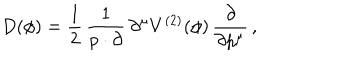
LaTeX: D ( \phi ) = \frac { 1 } { 2 } \, \frac { 1 } { p \cdot \partial } \, \partial ^ { \mu } V ^ { ( 2 ) } ( \phi ) \, \frac { \partial } { \partial p ^ { \mu } } \, ,